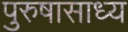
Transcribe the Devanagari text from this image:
पुरुषासाध्य